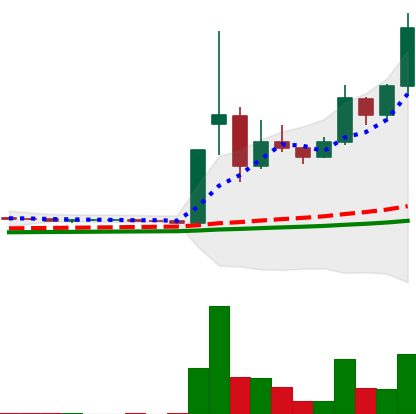
Ticker: DOGE-USD
Chart end date: 2021-02-07
Forward return: -11.06%
Label: down_7plus